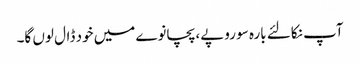
آپ نکالئے بارہ سو روپے، پچانوے میں خود ڈال لوں گا۔